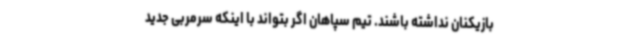
بازیکنان نداشته باشند. تیم سپاهان اگر بتواند با اینکه سرمربی جدید